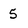
Character: 5